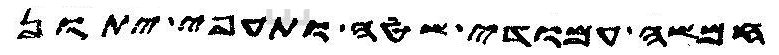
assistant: חמשה עמודי שטה ותעפי יתון